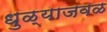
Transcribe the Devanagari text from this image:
धुळ्याजवळ